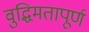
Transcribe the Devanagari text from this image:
वुद्धिमतापूर्ण